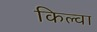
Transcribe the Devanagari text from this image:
किल्वा